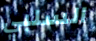
السلبي